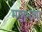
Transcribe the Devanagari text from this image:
मात्रुभाषा